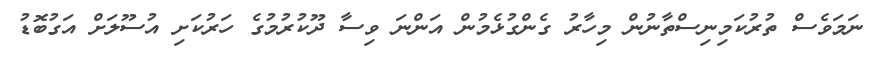
ނަމަވެސް ތުރުކަމިނިސްތާނުން މިހާރު ގެންގުޅެމުން އަންނަ ވިސާ ދޫކުރުމުގެ ހަރުކަށި އުސޫލަށް އަގުބޮޑު